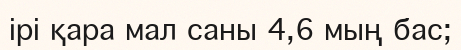
ірі қара мал саны 4,6 мың бас;